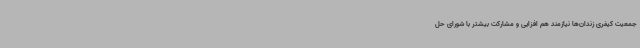
جمعیت کیفری زندان‌ها نیازمند هم افزایی و مشارکت بیشتر با شورای حل